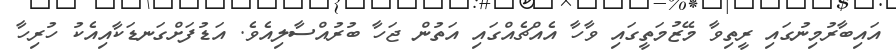
އައިބާރުމިނުގައި ރީތިވާ މޭޒުމަތީގައި ވާހާ އެއްޗެއްގައި އަތުން ޖަހާ ބުރުއްސާލިއެވެ. އަޑުފަށްގަނޑަކާއިއެކު ހުރިހާ